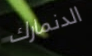
الدنمارك